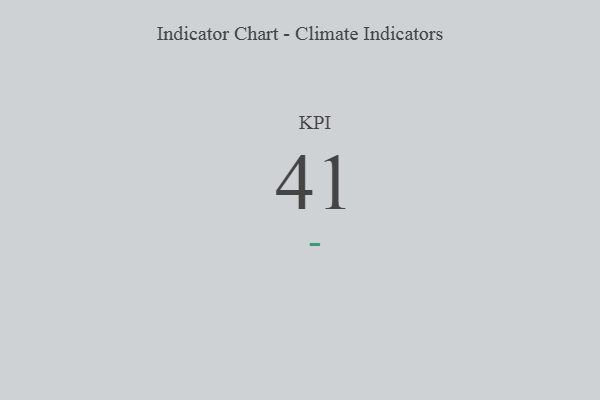
{"axis": {"x": "KPI", "y": "Value"}, "legend": [""], "data": [{"x": "KPI", "y": 41, "type": ""}]}